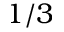
1 / 3